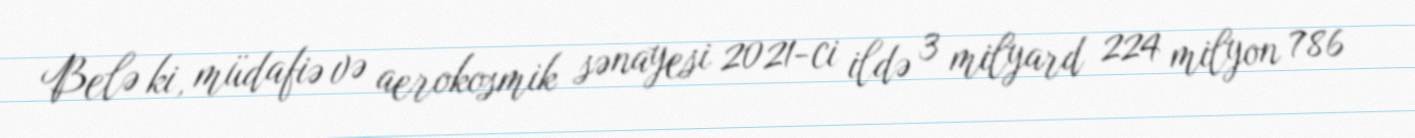
Belə ki, müdafiə və aerokosmik sənayesi 2021-ci ildə 3 milyard 224 milyon 786